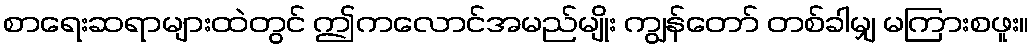
စာရေးဆရာများထဲတွင် ဤကလောင်အမည်မျိုး ကျွန်တော် တစ်ခါမျှ မကြားစဖူး။